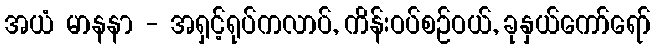
အယံ မာနနာ - အရှင့်ရုပ်ကလာပ်, ကိန်းဝပ်စဉ်ဝယ်, ခုနှယ်ကော်ရော်